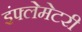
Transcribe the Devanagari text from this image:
इंफ्लेमेटरी